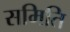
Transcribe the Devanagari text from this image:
समिति